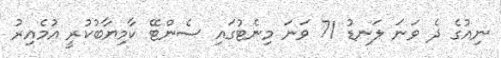
ނިއުގެ ދެ ވަނަ ލަނޑު 71 ވަނަ މިނެޓުގައި ސެންޓޭ ކާމިޔާބުކުރީ އުމެއިރު